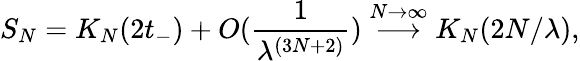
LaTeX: S_{N}=K_{N}(2t_{-})+O(\frac{1}{\lambda^{(3N+2)}})\stackrel{N\rightarrow\infty}{\longrightarrow}K_{N}(2N/\lambda),